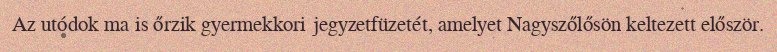
Az utódok ma is őrzik gyermekkori jegyzetfüzetét, amelyet Nagyszőlősön keltezett először.